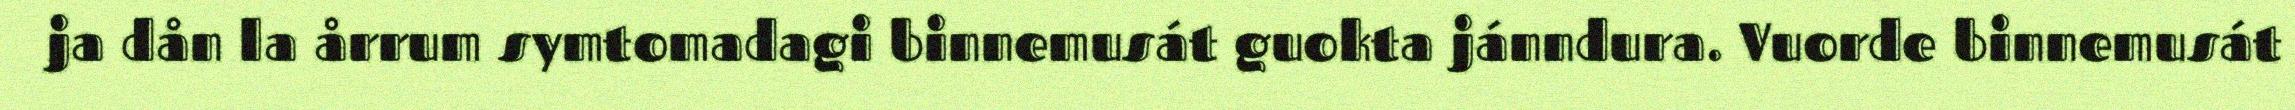
ja dån la årrum symtomadagi binnemusát guokta jánndura. Vuorde binnemusát